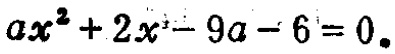
$ax^{2}+2x - 9a - 6 = 0$